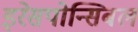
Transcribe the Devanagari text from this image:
इरेसपोन्सिबल